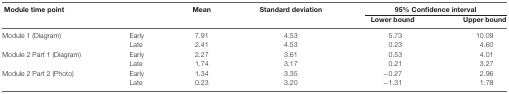
<table><thead><tr><td><b>Module time point</b></td><td></td><td><b>Mean</b></td><td><b>Standard deviation</b></td><td colspan="2"><b>95% Confidence interval</b></td></tr><tr><td></td><td></td><td></td><td></td><td><b>Lower bound</b></td><td><b>Upper bound</b></td></tr></thead><tbody><tr><td>Module 1 (Diagram)</td><td>Early</td><td>7.91</td><td>4.53</td><td>5.73</td><td>10.09</td></tr><tr><td></td><td>Late</td><td>2.41</td><td>4.53</td><td>0.23</td><td>4.60</td></tr><tr><td>Module 2 Part 1 (Diagram)</td><td>Early</td><td>2.27</td><td>3.61</td><td>0.53</td><td>4.01</td></tr><tr><td></td><td>Late</td><td>1.74</td><td>3.17</td><td>0.21</td><td>3.27</td></tr><tr><td>Module 2 Part 2 (Photo)</td><td>Early</td><td>1.34</td><td>3.35</td><td>−0.27</td><td>2.96</td></tr><tr><td></td><td>Late</td><td>0.23</td><td>3.20</td><td>−1.31</td><td>1.78</td></tr></tbody></table>